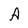
Character: A